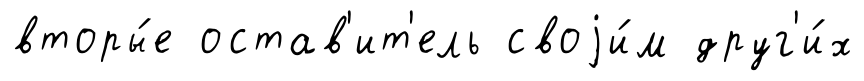
вторы́е остав'ит'ель своjи́м друг'и́х